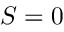
S = 0